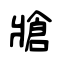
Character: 牄